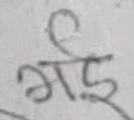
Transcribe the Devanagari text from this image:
आई